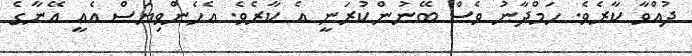
ދުއްވާ ކާރެވެ. ހަމްދާނު ވެސް ބޭނުންކުރަނީ އެ ކާރެވެ. އެހެންވިޔަސް އެއީ އޭނާގެ